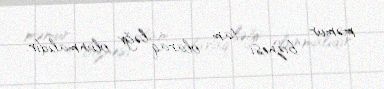
məmur biznesi tam olaraq ləğv olunmalıdır.